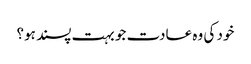
خود کی وہ عادت جو بہت پسند ہو؟